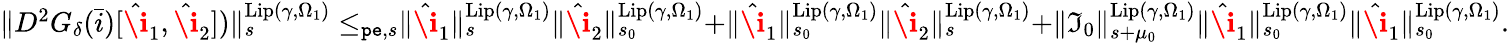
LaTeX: \begin{array}{r}{\rVert D^{2}G_{\delta}(\bar{i})[\hat{\textbf{\i}}_{1},\hat{\textbf{\i}}_{2}])\rVert_{s}^{\mathrm{Lip}(\gamma,\Omega_{1})}\le_{\mathtt{pe},s}\rVert\hat{\textbf{\i}}_{1}\rVert_{s}^{\mathrm{Lip}(\gamma,\Omega_{1})}\rVert\hat{\textbf{\i}}_{2}\rVert_{s_{0}}^{\mathrm{Lip}(\gamma,\Omega_{1})}+\rVert\hat{\textbf{\i}}_{1}\rVert_{s_{0}}^{\mathrm{Lip}(\gamma,\Omega_{1})}\rVert\hat{\textbf{\i}}_{2}\rVert_{s}^{\mathrm{Lip}(\gamma,\Omega_{1})}+\rVert\mathfrak{I}_{0}\rVert_{s+\mu_{0}}^{\mathrm{Lip}(\gamma,\Omega_{1})}\rVert\hat{\textbf{\i}}_{1}\rVert_{s_{0}}^{\mathrm{Lip}(\gamma,\Omega_{1})}\rVert\hat{\textbf{\i}}_{1}\rVert_{s_{0}}^{\mathrm{Lip}(\gamma,\Omega_{1})}.}\end{array}